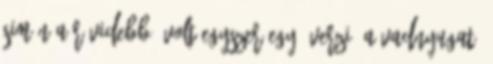
simán a rövidebb “volt egyszer egy” verzió a vadnyugat,